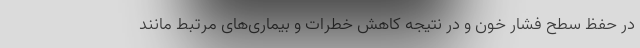
در حفظ سطح فشار خون و در نتیجه کاهش خطرات و بیماری‌های مرتبط مانند